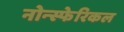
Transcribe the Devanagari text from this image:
नोन्स्फेरिकल